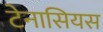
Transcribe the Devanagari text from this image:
टेनासियस